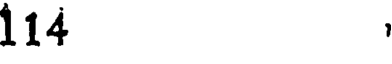
114